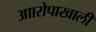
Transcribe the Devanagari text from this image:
आारोपाखाली